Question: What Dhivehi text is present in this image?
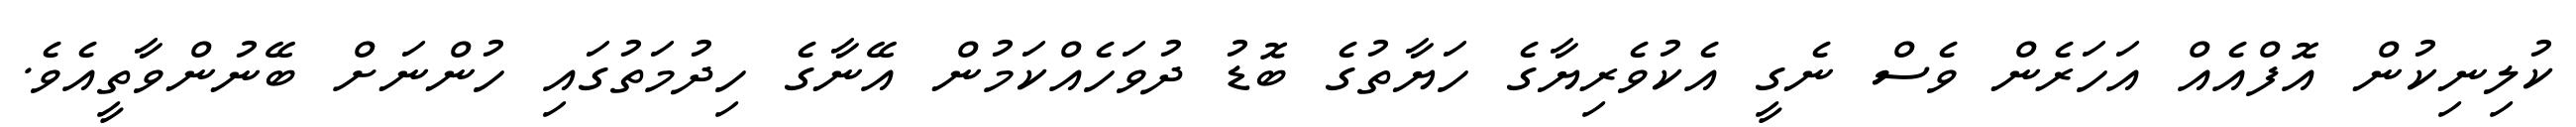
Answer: ކުލިނިކުން އޮފްއެއް އަހަރެން ވެސް ނެގީ އެކުވެރިޔާގެ ހަޔާތުގެ ބޮޑު ދުވަހެއްކަމުން އޭނާގެ ހިދުމަތުގައި ހުންނަށް ބޭނުންވާތީއެވެ.